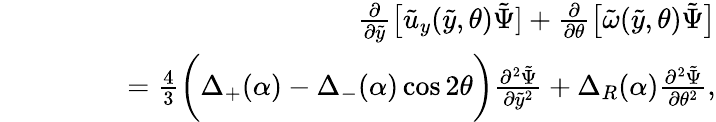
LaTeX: \begin{array}{rlr}&{}&{\frac{\partial}{\partial\tilde{y}}\big[\tilde{u}_{y}(\tilde{y},\theta)\tilde{\Psi}]+\frac{\partial}{\partial\theta}\big[\tilde{\omega}(\tilde{y},\theta)\tilde{\Psi}\big]}\\ &{}&{\qquad\, \, \, =\frac{4}{3}\bigg(\Delta_{+}(\alpha)-\Delta_{-}(\alpha)\cos{2\theta}\bigg)\frac{\partial^{2}\tilde{\Psi}}{\partial\tilde{y}^{2}}+\Delta_{R}(\alpha)\frac{\partial^{2}\tilde{\Psi}}{\partial\theta^{2}},}\end{array}